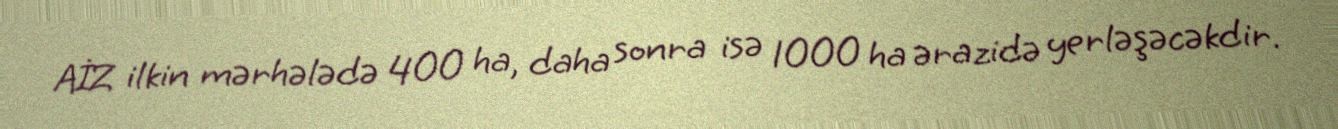
AİZ ilkin mərhələdə 400 ha, daha sonra isə 1000 ha ərazidə yerləşəcəkdir.